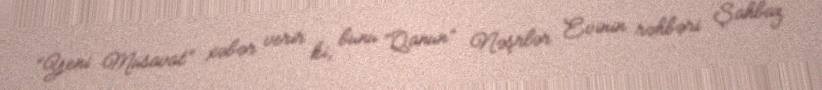
“Yeni Müsavat” xəbər verir ki, bunu “Qanun” Nəşrlər Evinin rəhbəri Şahbaz